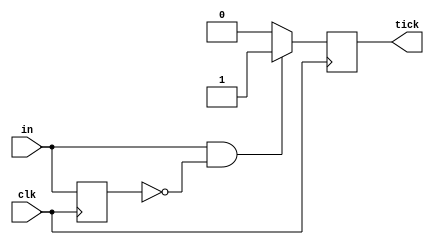
module oneshot(
    input   wire    clk,
    input   wire    in,
    output  reg     tick
);
    reg in_buf1;    //generate pulse signal by using 1 delayed buffer
    
    always @ (posedge clk) begin
        if (in && !in_buf1) tick <= 1'b1;
        else tick <= 1'b0;
        
        in_buf1 <= in;
    end
endmodule